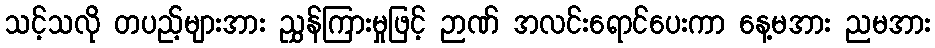
သင့်သလို တပည့်များအား ညွှန်ကြားမှုဖြင့် ဉာဏ် အလင်းရောင်ပေးကာ နေ့မအား ညမအား